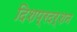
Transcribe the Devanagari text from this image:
दिशप्रदर्शन